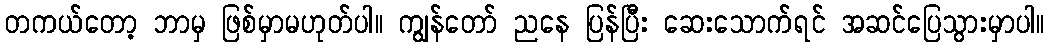
တကယ်တော့ ဘာမှ ဖြစ်မှာမဟုတ်ပါ။ ကျွန်တော် ညနေ ပြန်ပြီး ဆေးသောက်ရင် အဆင်ပြေသွားမှာပါ။